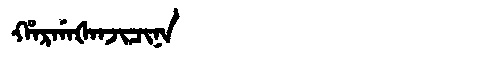
Manchu: ᡥᠠᡵᡤᠠᡧᠠᠨᠵᡳᠴᡳᠨᠠ
Romanization: HARGAŠANJICINA